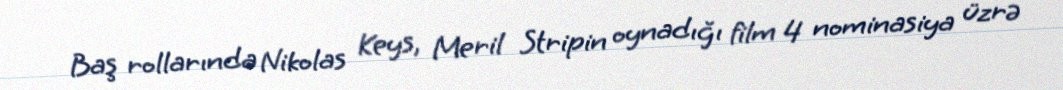
Baş rollarında Nikolas Keys, Meril Stripin oynadığı film 4 nominasiya üzrə